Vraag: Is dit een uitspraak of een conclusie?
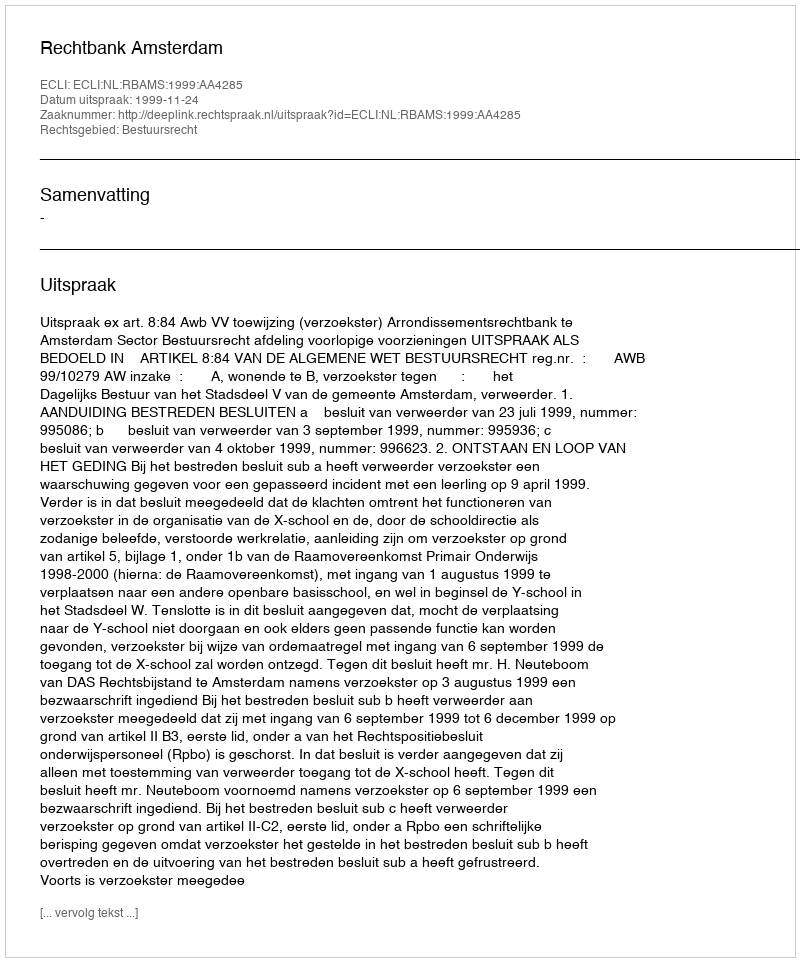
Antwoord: Uitspraak